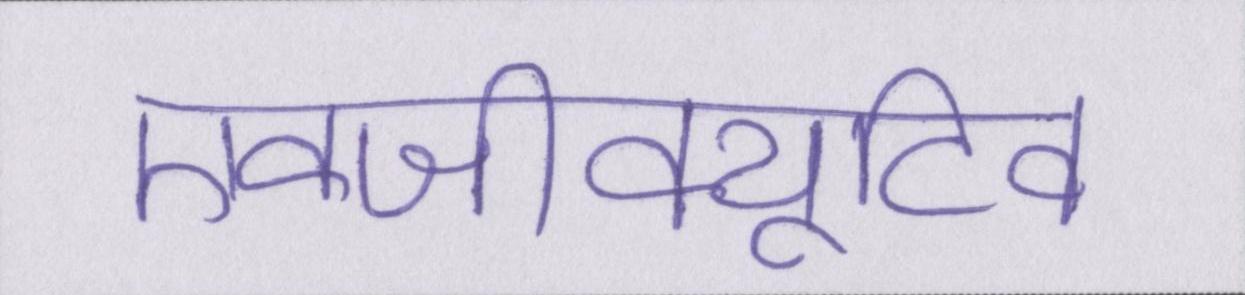
एक्जीक्यूटिव